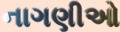
નાગણીઓ